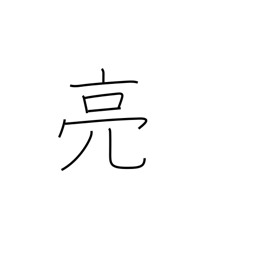
Meaning: help